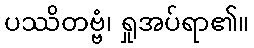
ပဿိတဗ္ဗံ၊ ရှုအပ်ရာ၏။